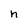
Character: h